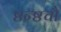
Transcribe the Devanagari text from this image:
ष्ठन्ष्ठचौ